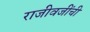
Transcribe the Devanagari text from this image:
राजीवजींची